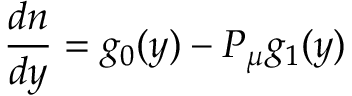
\frac { d n } { d y } = g _ { 0 } ( y ) - P _ { \mu } g _ { 1 } ( y )